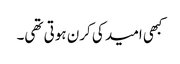
کبھی امید کی کرن ہوتی تھی۔